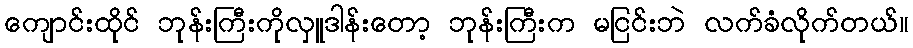
ကျောင်းထိုင် ဘုန်းကြီးကိုလှူဒါန်းတော့ ဘုန်းကြီးက မငြင်းဘဲ လက်ခံလိုက်တယ်။